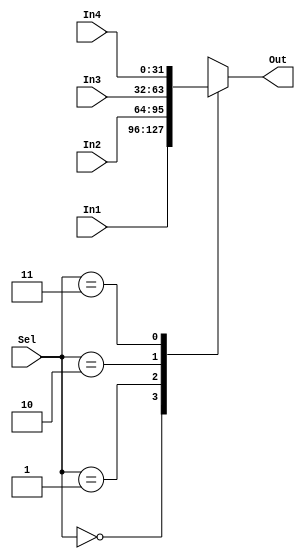
module MUX4 #(
    parameter DataWidth=32,Selectionline_size='d2

) (
    input wire [Selectionline_size-1:0] Sel,
    input wire [DataWidth-1:0] In1,
    input wire [DataWidth-1:0] In2,
    input wire [DataWidth-1:0] In3,
    input wire [DataWidth-1:0] In4,
    output reg [DataWidth-1:0] Out
);

  always @(*) begin
    case (Sel)
        'b00: Out=In1;
        'b01: Out=In2;
        'b10: Out=In3;
        'b11: Out=In4;
    endcase
  end  
endmodule